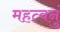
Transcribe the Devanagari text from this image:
महत्वनुं